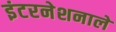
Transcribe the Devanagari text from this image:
इंटरनेशनाले